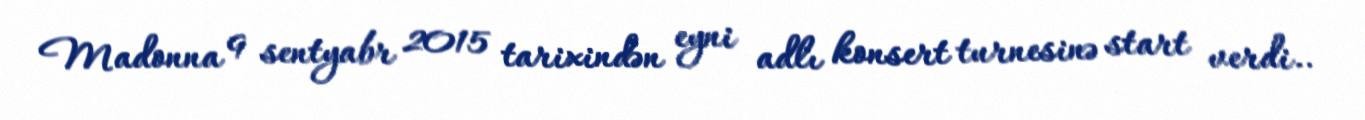
Madonna 9 sentyabr 2015 tarixindən eyni adlı konsert turnesinə start verdi..